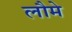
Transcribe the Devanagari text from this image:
लौमे